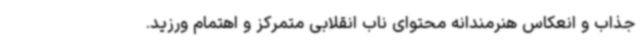
جذاب و انعکاس هنرمندانه محتوای ناب انقلابی متمرکز و اهتمام ورزید.